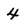
Character: 4